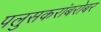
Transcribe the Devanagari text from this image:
पलुसकरांबरोबर